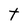
Character: t